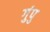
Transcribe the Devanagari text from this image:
गुंपु